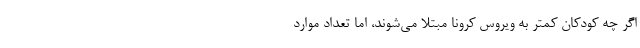
اگر چه کودکان کمتر به ویروس کرونا مبتلا می‌شوند، اما تعداد موارد